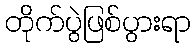
တိုက်ပွဲဖြစ်ပွားရာ